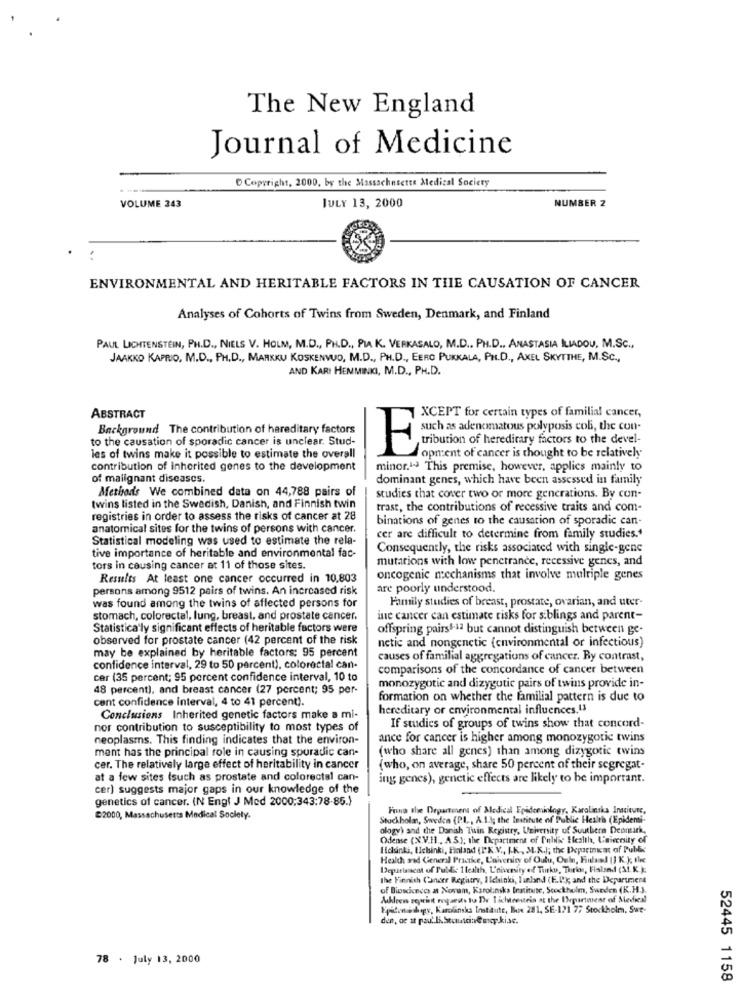
The New England
Journal of Medicine
Copyright, 2000, by the Massachusetts Medical Society
VOLUME 343
NUMBER 2
JULY 13, 2000
ENVIRONMENTAL AND HERITABLE FACTORS IN THE CAUSATION OF CANCER
Analyses of Cohorts of Twins from Sweden, Denmark, and Finland
PAUL LICHTENSTEIN, PH.D ., NIELS V. HOLM, M.D ., PH.D ., PLA K. VERKASALO, M.D ., PH.D ., ANASTASIA LIADOU, M.Sc .,
JAAKKO KAPRIO, M.D ., PH.D ., MARKKU KOSKENWUO, M.D ., PH.D ., EERO PUKKALA, PH.D ., AXEL SKYTTHE, M.SC .,
AND KARI HEMMINKI, M.D ., PH.D.
ABSTRACT
XCEPT for certain types of familial cancer,
Background The contribution of hereditary factors
such as adenomatous polyposis coli, the con-
to the causation of sporadic cancer is unclear. Stud-
tribution of hereditary factors to the devel-
E
opment of cancer is thought to be relatively
les of twins make it possible to estimate the overall
contribution of inherited genes to the development
minor.14 This premise, however, applies mainly to
of malignant diseases.
dominant genes, which have been assessed in family
Method's We combined data on 44,788 pairs of
studies that cover two or more generations. By con-
twins listed in the Swedish, Danish, and Finnish twin
trast, the contributions of recessive traits and com-
registries in order to assess the risks of cancer at 28
binations of genes to the causation of sporadic can
anatomical sites for the twins of persons with cancer.
Statistical modeling was used to estimate the rela-
cer are difficult to determine from family studies .*
tive importance of heritable and environmental fac-
Consequently, the risks associated with single-gene
mutations with low penetrance, recessive genes, and
tors in causing cancer at 11 of those sites.
Results At least one cancer occurred in 10,803
oncogenic mechanisms that involve multiple genes
persons among 9512 pairs of twins. An increased risk
are poorly understood.
Family studies of breast, prostate, ovarian, and uter-
was found among the twins of affected persons for
stomach, colorectal, lung, breast, and prostate cancer.
ine cancer can estimate risks for siblings and parent-
Statistica'ly significant effects of heritable factors were
offspring pairs8-12 but cannot distinguish between ge-
observed for prostate cancer (42 percent of the risk
netic and nongenetic (environmental or infectious)
may be explained by heritable factors: 95 percent
causes of familial aggregations of cancer. By contrast,
confidence interval, 29 to 50 percent), colorectal can-
comparisons of the concordance of cancer between
cer (35 percent; 95 percent confidence interval, 10 to
48 percent), and breast cancer (27 percent; 95 per-
monozygotic and dizygotic pairs of twins provide in-
cent confidence interval, 4 to 41 percent).
formation on whether the familial pattern is due to
hereditary or environmental influences,U3
Conclusions Inherited genetic factors make a mi-
nor contribution to susceptibility to most types of
If studies of groups of twins show that concord-
neoplasms. This finding indicates that the environ-
ance for cancer is higher among monozygotic twins
ment has the principal role in causing spuradic can-
(who share all genes) than among dizygotic twins
cer. The relatively large effect of heritability in cancer
(who, on average, share 50 percent of their segregat-
at a few sites (such as prostate and colorectal can-
ing genes), genetic effects are likely to be important.
cer) suggests major gaps in our knowledge of the
genetics of cancer. (N Engl J Med 2000:343:78-85.)
Femna the Department of Medical Epidemiology, Karolinska Institute,
@2000, Massachusetts Medical Society.
Stockholm, Sweden (P.L ., A.1.1; the Institute of Public Health (Epidemi-
ology) and the Danish Tuin Registry, University of Southern Deomark,
Odense (N.V.Il ., A.S); the Department of Public Health, Laieerity of
Helsinki, Hebinki, Faland (PX V ., I-K ., M.K.); the Department of Public
Health and General Practice, University of Outu, Oula, Finland [ ] K ), the
Depittascot of Public Health, L'niversity of Turku, Turis, Fisland (A.K.):
the Finnish Canerr Regatry, I lelsinki, finland (F.Dk and the Department
of Biosciences at Novam, Karolinska Institute, Stockholm, Sweden (K.H.).
Auchleess reprint royseits to De Lichtroutein at the INpartment of Medies!
Hyilonahogy, Karolinska Institute, Box 281, SE-121 77 Stockholm. Swe-
78 . July 13, 2000
52445 1158